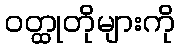
ဝတ္ထုတိုများကို